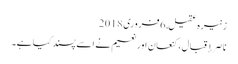
زنیرہ عقیل, ‏6 فروری 2018
ناصر إقبال، کنعان اور نعیم نے اسے پسند کیا ہے۔